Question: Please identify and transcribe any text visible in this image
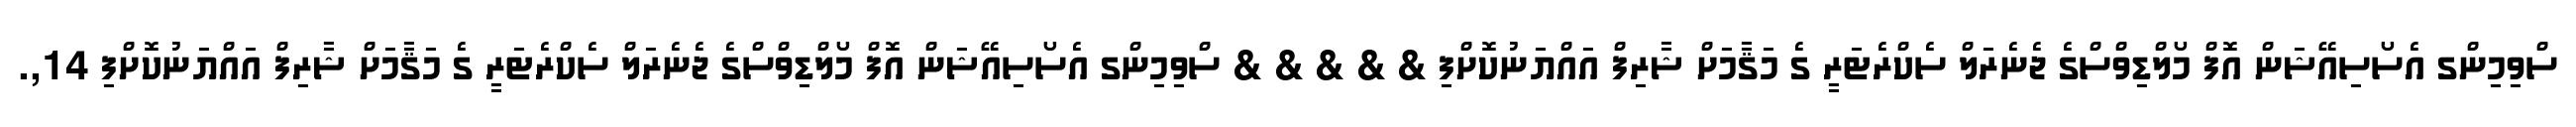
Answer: ސްވިމިންގ އެސޯސިއޭޝަން އޮފް މޯލްޑިވްސްގެ ޖެނެރަލް ސެކްރެޓަރީ ގެ މަޤާމަށް ޝާރިފް އައްޔަނުކޮށްފި & & & & & ސްވިމިންގ އެސޯސިއޭޝަން އޮފް މޯލްޑިވްސްގެ ޖެނެރަލް ސެކްރެޓަރީ ގެ މަޤާމަށް ޝާރިފް އައްޔަނުކޮށްފި 14,.